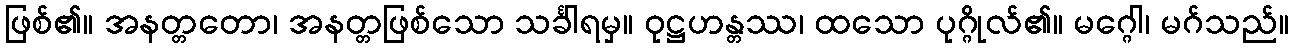
ဖြစ်၏။ အနတ္တတော၊ အနတ္တဖြစ်သော သင်္ခါရမှ။ ဝုဋ္ဌဟန္တဿ၊ ထသော ပုဂ္ဂိုလ်၏။ မဂ္ဂေါ၊ မဂ်သည်။